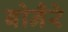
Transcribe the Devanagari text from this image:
बोनैरे